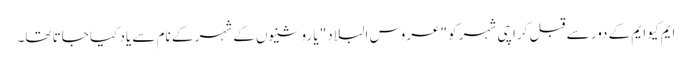
ایم کیو ایم کے دور سے قبل کراچی شہر کو "عروس البلاد" یا روشنیوں کے شہر کے نام سے یاد کیا جاتا تھا۔